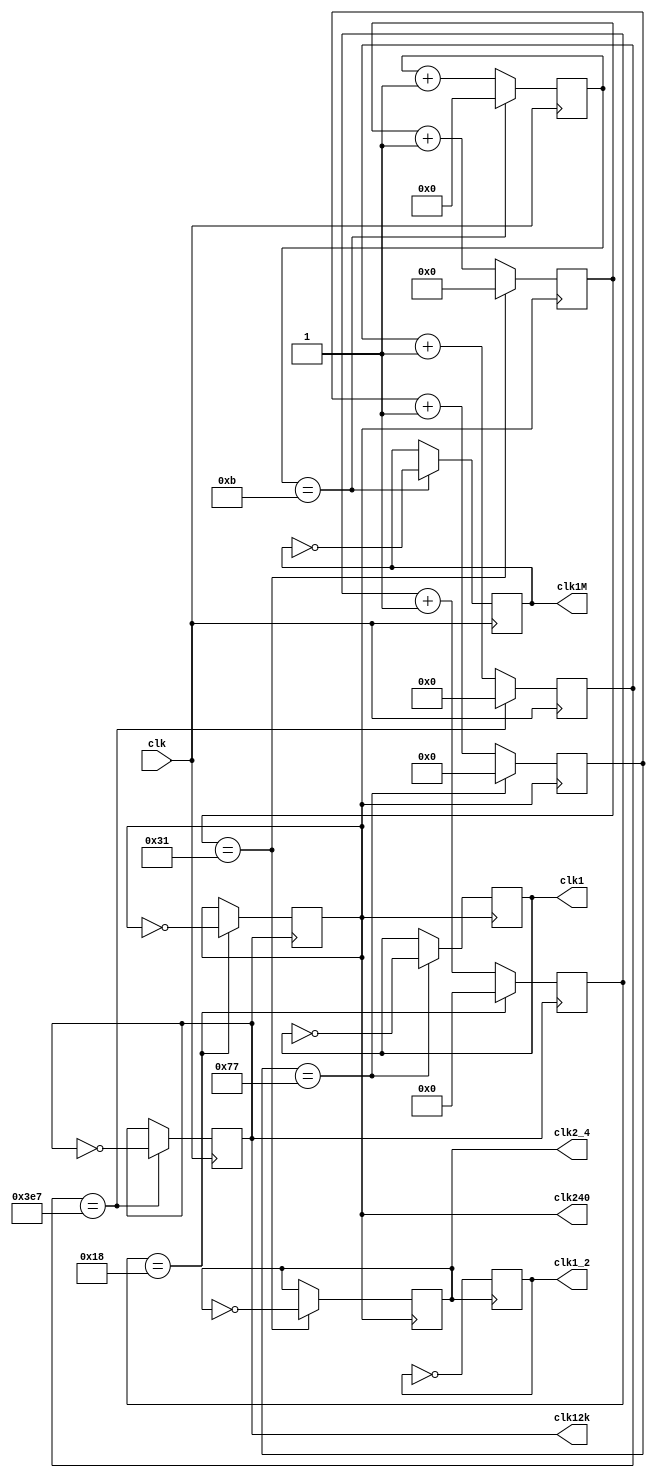
module FrequencyDivider(
    input wire clk,                      // Input clock signal
	output reg clk1M = 1,
    output reg clk12k = 1,
    output reg clk240 = 1,
    output reg clk2_4 = 1,
    output reg clk1_2 = 1,
    output reg clk1 = 1
);

    reg [3:0] count12 = 0;     // 24 MHz -> 1 MHz
    reg [9:0] count1k = 0;   // 24 MHz -> 12 kHz
    reg [4:0] count25 = 0;   // 12 kHz -> 240 Hz
    reg [5:0] count50 = 0;   // 240 Hz -> 2.4 Hz
    reg [6:0] count120 = 0;  // 240 Hz -> 1 Hz

    always @(negedge clk) begin
        // For 12 kHz clock
        if (count1k == 999) begin
            count1k <= 0;                  // Reset the counter
            clk12k <= ~clk12k;           // Toggle the output clock
        end
        else begin
            count1k <= count1k + 1;     // Increment the counter
        end

        // For 1 MHz clock
        if (count12 == 11) begin
            count12 <= 0;                   // Reset the counter
            clk1M <= ~clk1M;                // Toggle the output clock
        end
        else begin
            count12 <= count12 + 1;         // Increment the counter
        end
    end

    always @(negedge clk12k) begin
        // For 240 Hz clock
        if (count25 == 24) begin
            count25 <= 0;                  // Reset the counter
            clk240 <= ~clk240;           // Toggle the output clock
        end
        else begin
            count25 <= count25 + 1;       // Increment the counter
        end
    end

    always @(negedge clk240) begin
        // For 2.4 Hz clock
        if (count50 == 49) begin
            count50 <= 0;                  // Reset the counter
            clk2_4 <= ~clk2_4;           // Toggle the output clock
        end
        else begin
            count50 <= count50 + 1;       // Increment the counter
        end

        // For 1 Hz clock
        if (count120 == 119) begin
            count120 <= 0;                  // Reset the counter
            clk1 <= ~clk1;           // Toggle the output clock
        end
        else begin
            count120 <= count120 + 1;       // Increment the counter
        end
    end

    always @(negedge clk2_4) begin
        // For 1.2 Hz clock
        clk1_2 <= ~clk1_2;              // Toggle the output clock
    end
endmodule